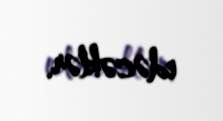
edəcəklər.